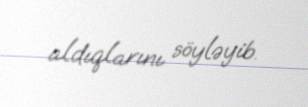
aldıqlarını söyləyib.